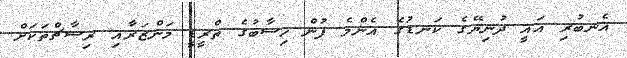
އެނބުރި އައީ ދުނިޔޭގެ ކަނޑުގެ އެންމެ ފުން ހިސާބުގެ ތްރީޑީ މަންޒަރާއި ރިސާޗްތަކަށް